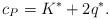
LaTeX: \begin{align*}c_P = K^*+2q^*. \end{align*}